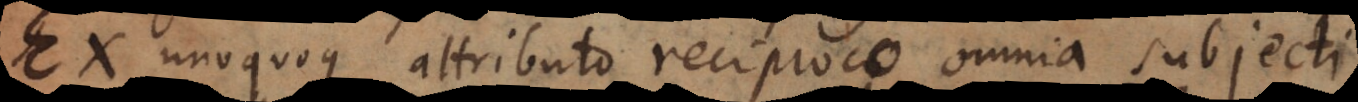
Ex unoquoque attributo reciproco omnia subjecti